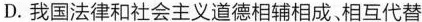
D.我国法律和社会主义道德相辅相成、相互代替